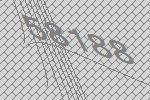
58188